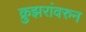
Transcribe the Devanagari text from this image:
क्रुझरांवरुन